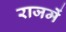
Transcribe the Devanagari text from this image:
राजमें